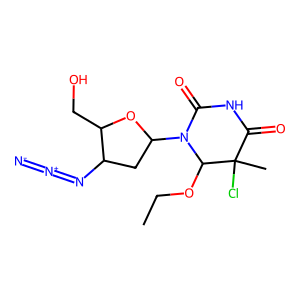
SMILES: CCOC1N(C2CC(N=[N+]=[N-])C(CO)O2)C(=O)NC(=O)C1(C)Cl
Inhibits HIV replication: No